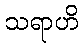
သရာဟိ